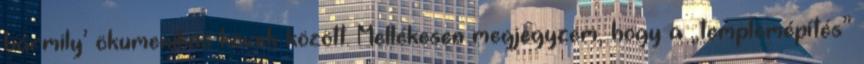
bármily’ ökumenikus kö­vek között. Mellékesen megjegyzem, hogy a „templomépítés”